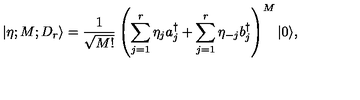
| \mathrm { \boldmath { \eta } } ; M ; D _ { r } \rangle = { \frac { 1 } { \sqrt { M ! } } } \left( \sum _ { j = 1 } ^ { r } \eta _ { j } a _ { j } ^ { \dagger } + \sum _ { j = 1 } ^ { r } \eta _ { - j } b _ { j } ^ { \dagger } \right) ^ { M } | 0 \rangle ,